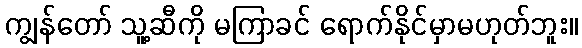
ကျွန်တော် သူ့ဆီကို မကြာခင် ရောက်နိုင်မှာမဟုတ်ဘူး။